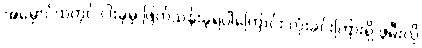
အမှောင်ထဲတွင် ငါးခုမှ ဖြတ်သန်းခဲ့ရပါကြောင်း လုံးခင်းကြားရှိ ဖွဲမီးလို